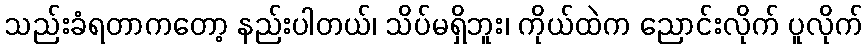
သည်းခံရတာကတော့ နည်းပါတယ်၊ သိပ်မရှိဘူး၊ ကိုယ်ထဲက ညောင်းလိုက် ပူလိုက်